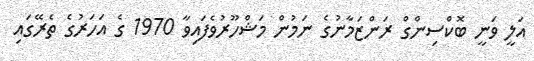
އަލީ ވަނީ ބޮކްސިންގް ރަންޒަމާނުގެ ނަމުން މަޝްހޫރުވެފައިވާ 1970 ގެ އަހަރުގެ ތެރޭގައި